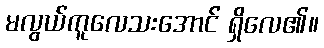
မလွယ်ကူလေသးအောင် ရှိလေ၏။